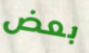
بعض